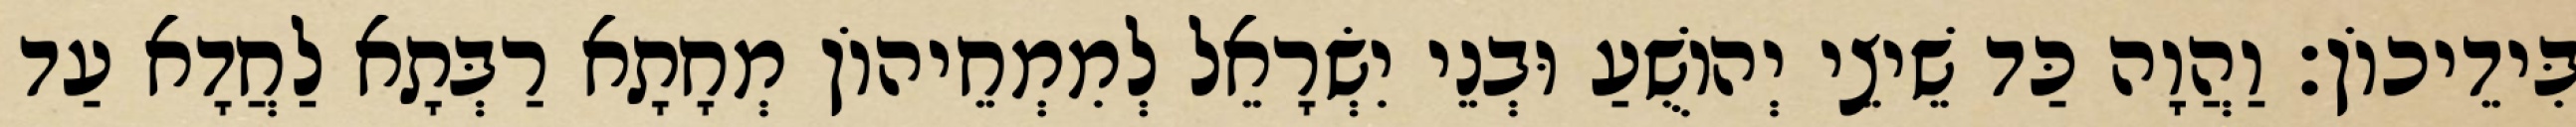
בִּידֵיכוֹן׃ וַהֲוָה כַּד שֵׁיצֵי יְהוֹשֻׁעַ וּבְנֵי יִשְׂרָאֵל לְמִמְחֵיהוֹן מְחָתָא רַבְּתָא לַחֲדָא עַד